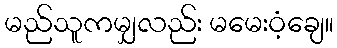
မည်သူကမျှလည်း မမေးဝံ့ချေ။